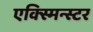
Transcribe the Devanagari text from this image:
एक्स्मिन्स्टर